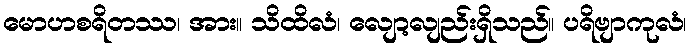
မောဟစရိတဿ၊ အား။ သိထိလံ၊ လျော့လျည်းရှိသည်။ ပရိဗျာကုလံ၊